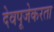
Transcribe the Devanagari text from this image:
देवपूजेकरता